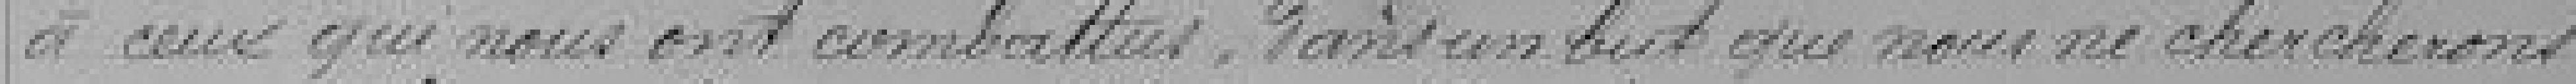
à ceux qui nous ont combattus, sans un but que nous ne chercherons